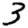
Digit: 3